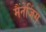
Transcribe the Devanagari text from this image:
मैंनेजिंग